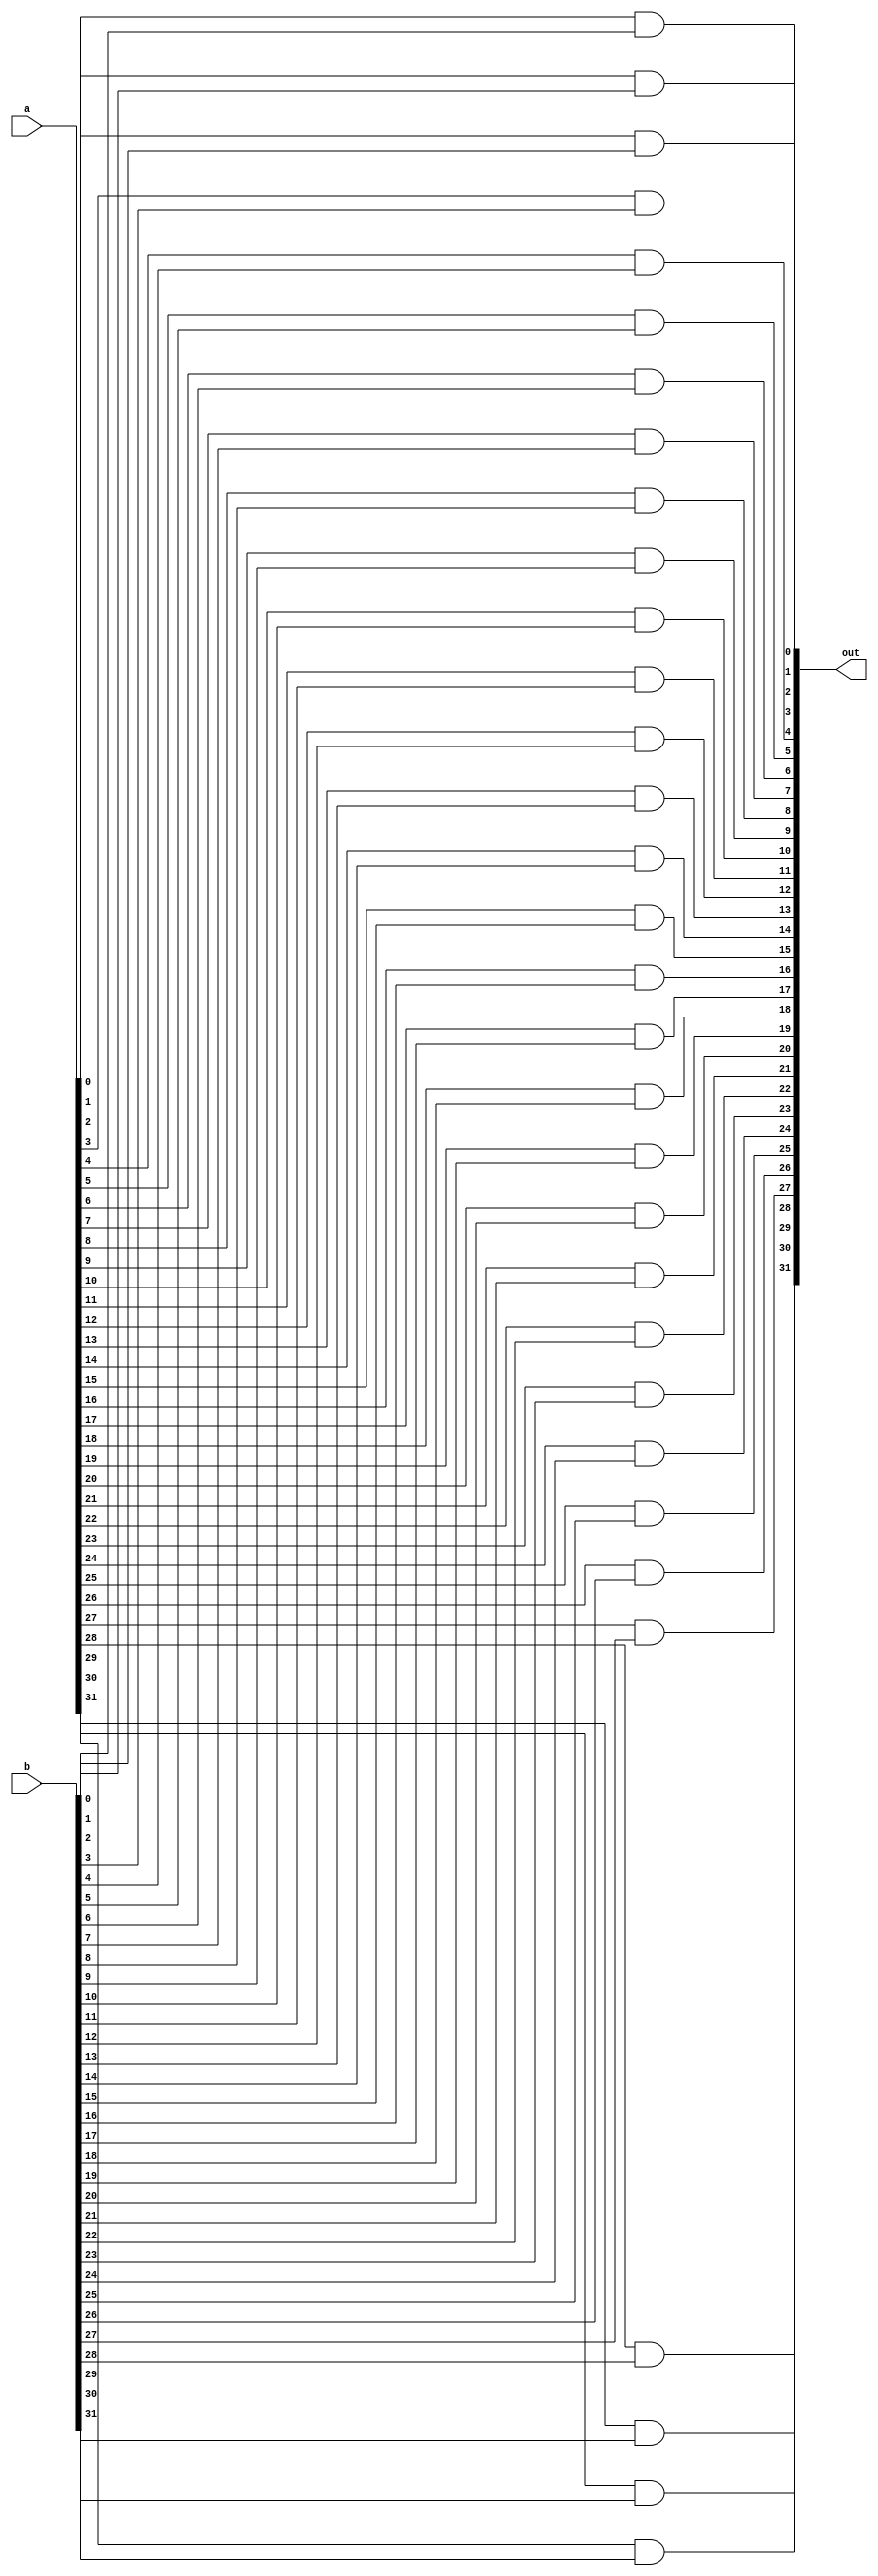
`define XOR xor #60
`define AND and #30
`define OR or #30
`define NOT not #10

module bitwiseAND(
  output[31:0] out,
  input[31:0] a, b
);
  `AND(out[0], a[0], b[0]);
  `AND(out[1], a[1], b[1]);
  `AND(out[2], a[2], b[2]);
  `AND(out[3], a[3], b[3]);
  `AND(out[4], a[4], b[4]);
  `AND(out[5], a[5], b[5]);
  `AND(out[6], a[6], b[6]);
  `AND(out[7], a[7], b[7]);
  `AND(out[8], a[8], b[8]);
  `AND(out[9], a[9], b[9]);
  `AND(out[10], a[10], b[10]);
  `AND(out[11], a[11], b[11]);
  `AND(out[12], a[12], b[12]);
  `AND(out[13], a[13], b[13]);
  `AND(out[14], a[14], b[14]);
  `AND(out[15], a[15], b[15]);
  `AND(out[16], a[16], b[16]);
  `AND(out[17], a[17], b[17]);
  `AND(out[18], a[18], b[18]);
  `AND(out[19], a[19], b[19]);
  `AND(out[20], a[20], b[20]);
  `AND(out[21], a[21], b[21]);
  `AND(out[22], a[22], b[22]);
  `AND(out[23], a[23], b[23]);
  `AND(out[24], a[24], b[24]);
  `AND(out[25], a[25], b[25]);
  `AND(out[26], a[26], b[26]);
  `AND(out[27], a[27], b[27]);
  `AND(out[28], a[28], b[28]);
  `AND(out[29], a[29], b[29]);
  `AND(out[30], a[30], b[30]);
  `AND(out[31], a[31], b[31]);
endmodule 

module bitwiseOR(
  output[31:0] out,
  input[31:0] a, b
);
  `OR(out[0], a[0], b[0]);
  `OR(out[1], a[1], b[1]);
  `OR(out[2], a[2], b[2]);
  `OR(out[3], a[3], b[3]);
  `OR(out[4], a[4], b[4]);
  `OR(out[5], a[5], b[5]);
  `OR(out[6], a[6], b[6]);
  `OR(out[7], a[7], b[7]);
  `OR(out[8], a[8], b[8]);
  `OR(out[9], a[9], b[9]);
  `OR(out[10], a[10], b[10]);
  `OR(out[11], a[11], b[11]);
  `OR(out[12], a[12], b[12]);
  `OR(out[13], a[13], b[13]);
  `OR(out[14], a[14], b[14]);
  `OR(out[15], a[15], b[15]);
  `OR(out[16], a[16], b[16]);
  `OR(out[17], a[17], b[17]);
  `OR(out[18], a[18], b[18]);
  `OR(out[19], a[19], b[19]);
  `OR(out[20], a[20], b[20]);
  `OR(out[21], a[21], b[21]);
  `OR(out[22], a[22], b[22]);
  `OR(out[23], a[23], b[23]);
  `OR(out[24], a[24], b[24]);
  `OR(out[25], a[25], b[25]);
  `OR(out[26], a[26], b[26]);
  `OR(out[27], a[27], b[27]);
  `OR(out[28], a[28], b[28]);
  `OR(out[29], a[29], b[29]);
  `OR(out[30], a[30], b[30]);
  `OR(out[31], a[31], b[31]);
endmodule

module bitwiseXOR(
  output[31:0] out,
  input[31:0] a,
  input[31:0] b
);
  `XOR(out[0], a[0], b[0]);
  `XOR(out[1], a[1], b[1]);
  `XOR(out[2], a[2], b[2]);
  `XOR(out[3], a[3], b[3]);
  `XOR(out[4], a[4], b[4]);
  `XOR(out[5], a[5], b[5]);
  `XOR(out[6], a[6], b[6]);
  `XOR(out[7], a[7], b[7]);
  `XOR(out[8], a[8], b[8]);
  `XOR(out[9], a[9], b[9]);
  `XOR(out[10], a[10], b[10]);
  `XOR(out[11], a[11], b[11]);
  `XOR(out[12], a[12], b[12]);
  `XOR(out[13], a[13], b[13]);
  `XOR(out[14], a[14], b[14]);
  `XOR(out[15], a[15], b[15]);
  `XOR(out[16], a[16], b[16]);
  `XOR(out[17], a[17], b[17]);
  `XOR(out[18], a[18], b[18]);
  `XOR(out[19], a[19], b[19]);
  `XOR(out[20], a[20], b[20]);
  `XOR(out[21], a[21], b[21]);
  `XOR(out[22], a[22], b[22]);
  `XOR(out[23], a[23], b[23]);
  `XOR(out[24], a[24], b[24]);
  `XOR(out[25], a[25], b[25]);
  `XOR(out[26], a[26], b[26]);
  `XOR(out[27], a[27], b[27]);
  `XOR(out[28], a[28], b[28]);
  `XOR(out[29], a[29], b[29]);
  `XOR(out[30], a[30], b[30]);
  `XOR(out[31], a[31], b[31]);
endmodule

module bitwiseINV(
  output[31:0] out,
  input[31:0] a
);
  `NOT(out[0], a[0]);
  `NOT(out[1], a[1]);
  `NOT(out[2], a[2]);
  `NOT(out[3], a[3]);
  `NOT(out[4], a[4]);
  `NOT(out[5], a[5]);
  `NOT(out[6], a[6]);
  `NOT(out[7], a[7]);
  `NOT(out[8], a[8]);
  `NOT(out[9], a[9]);
  `NOT(out[10], a[10]);
  `NOT(out[11], a[11]);
  `NOT(out[12], a[12]);
  `NOT(out[13], a[13]);
  `NOT(out[14], a[14]);
  `NOT(out[15], a[15]);
  `NOT(out[16], a[16]);
  `NOT(out[17], a[17]);
  `NOT(out[18], a[18]);
  `NOT(out[19], a[19]);
  `NOT(out[20], a[20]);
  `NOT(out[21], a[21]);
  `NOT(out[22], a[22]);
  `NOT(out[23], a[23]);
  `NOT(out[24], a[24]);
  `NOT(out[25], a[25]);
  `NOT(out[26], a[26]);
  `NOT(out[27], a[27]);
  `NOT(out[28], a[28]);
  `NOT(out[29], a[29]);
  `NOT(out[30], a[30]);
  `NOT(out[31], a[31]);
endmodule